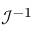
\mathcal I ^ { - 1 }